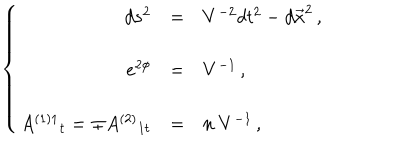
\left\{ \begin{array} { r c l } { { d s ^ { 2 } } } & { { = } } & { { V ^ { - 2 } d t ^ { 2 } - d \vec { x } ^ { 2 } \, , } } \\ { { } } & { { } } & { { } } \\ { { e ^ { 2 \phi } } } & { { = } } & { { V ^ { - 1 } \, , } } \\ { { } } & { { } } & { { } } \\ { { A ^ { ( 1 ) 1 } { } _ { t } = \mp A ^ { ( 2 ) } { } _ { 1 t } } } & { { = } } & { { n \ V ^ { - 1 } \, , } } \\ \end{array} \right.